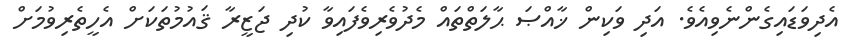
އެދިވަޑައިގެންނެވިއެވެ. އަދި ވަކިން ޚާއްޞަ ޙާލަތްތައް މެދުވެރިވެފައިވާ ކުދި ޖަޒީރާ ޤައުމުތަކަށް އެހީތެރިވުމަށް